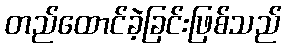
တည်ထောင်ခဲ့ခြင်းဖြစ်သည်